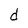
Character: d